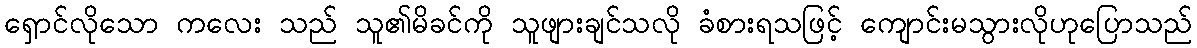
ရှောင်လိုသော ကလေး သည် သူ၏မိခင်ကို သူဖျားချင်သလို ခံစားရသဖြင့် ကျောင်းမသွားလိုဟုပြောသည်